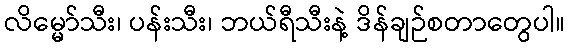
လိမ္မော်သီး၊ ပန်းသီး၊ ဘယ်ရီသီးနဲ့ ဒိန်ချဉ်စတာတွေပါ။